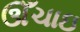
ઊઁચાઇ